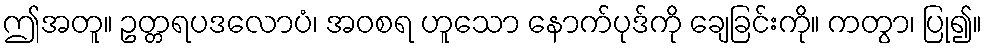
ဤအတူ။ ဥတ္တရပဒလောပံ၊ အဝစရ ဟူသော နောက်ပုဒ်ကို ချေခြင်းကို။ ကတွာ၊ ပြု၍။